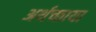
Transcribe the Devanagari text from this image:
अर्थच्छाया